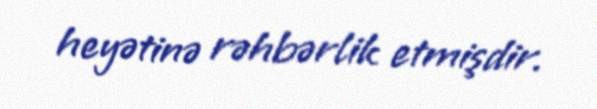
heyətinə rəhbərlik etmişdir.